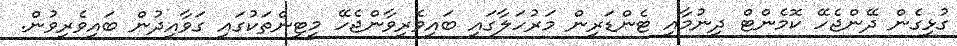
ގުޅިގެން ދޭންޖެހޭ ކޮމެންޓް ދިނުމާއި ޓެންޑަރިން މަރުހަލާގައި ބައިވެރިވާންޖެހޭ މީޓިންތަކުގައި ގަވާއިދުން ބައިވެރިވުން.